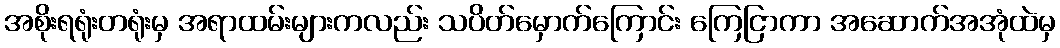
အစိုးရရုံးတရုံးမှ အရာထမ်းများကလည်း သပိတ်မှောက်ကြောင်း ကြေငြာကာ အဆောက်အအုံထဲမှ